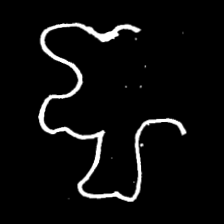
Pyu character \u2014 Myanmar letter: ဈ (romanized: jha)